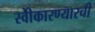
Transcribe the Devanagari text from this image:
स्वीेकारण्यारची